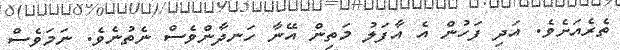
ތެރެއަށެވެ. އަދި ފަހުން އެ އާފަލު މަތިން އޭނާ ހަނދާންވެސް ނެތުނެވެ. ނަމަވެސް